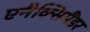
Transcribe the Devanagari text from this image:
एनैक्सिमैंडर